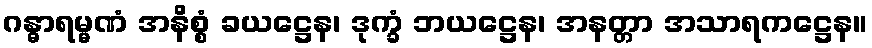
ဂန္ဓာရမ္မဏံ အနိစ္စံ ခယဋ္ဌေန၊ ဒုက္ခံ ဘယဋ္ဌေန၊ အနတ္တာ အသာရကဋ္ဌေန။